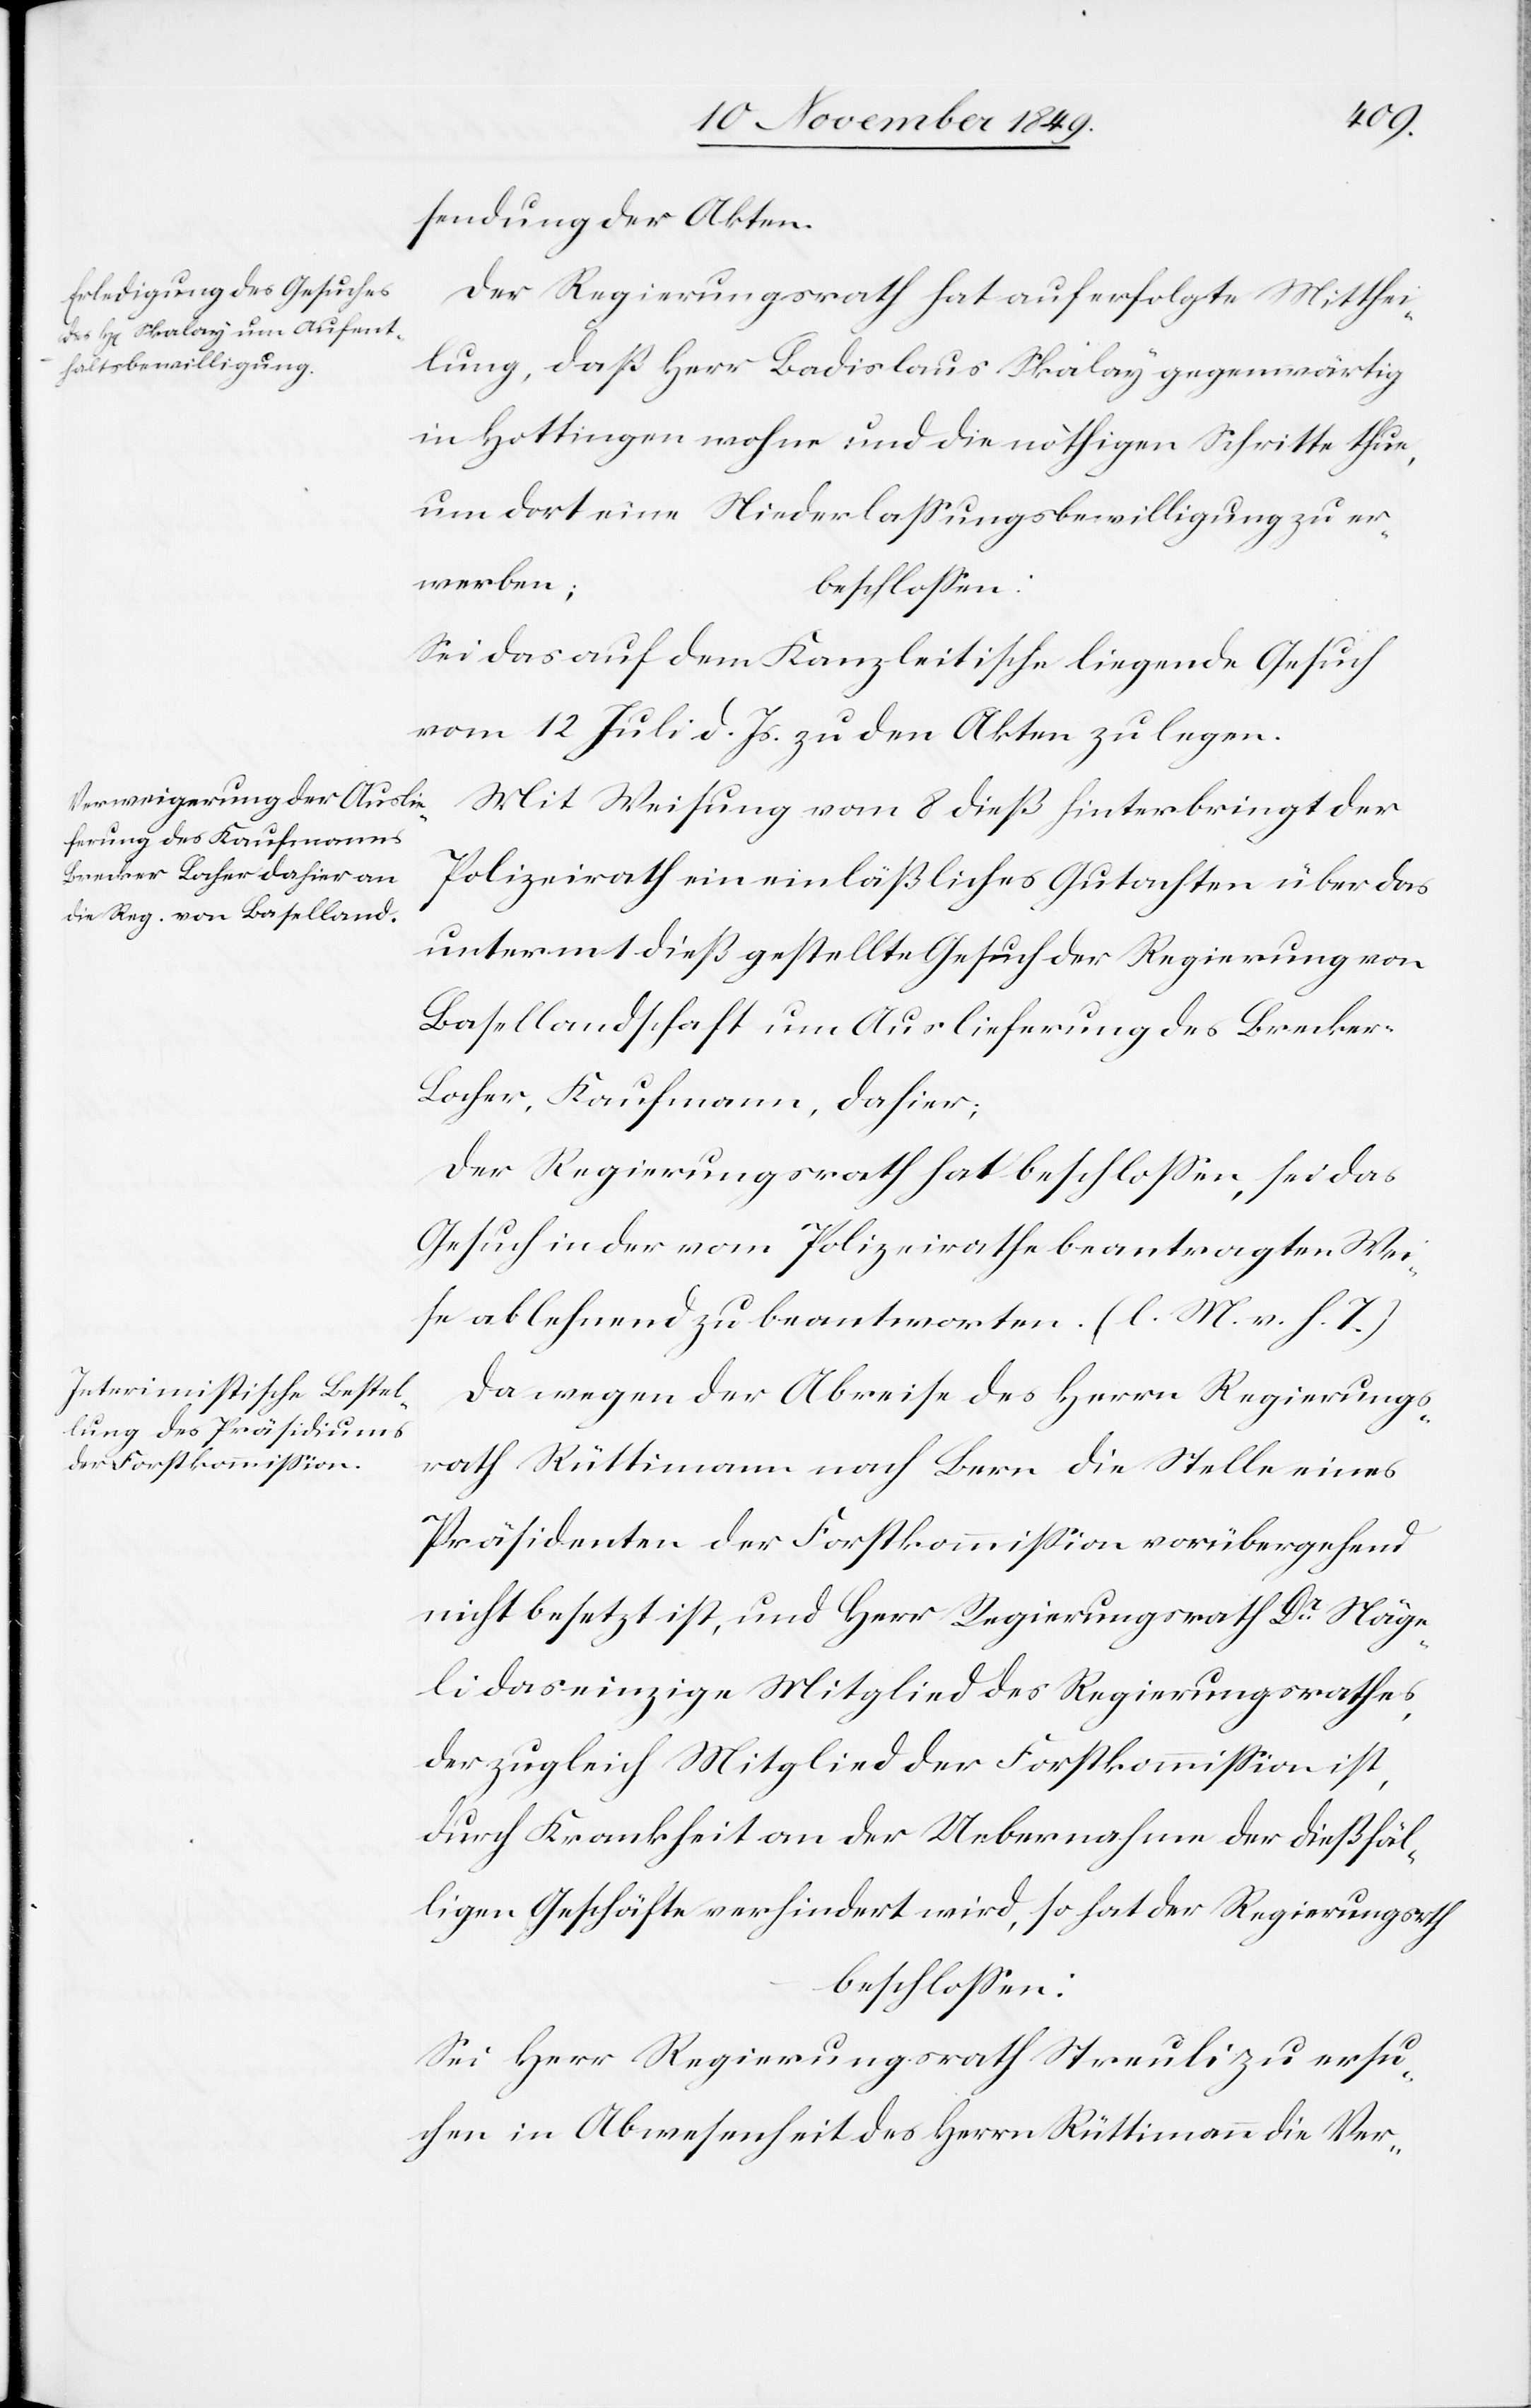
sendung der Akten.
Der Regierungsrath hat auf erfolgte Mitthei¬
lung, daß Herr Ladislau Skalay gegenwärtig
in Hottingen wohne und die nöthigen Schritte thue,
um dort eine Niederlaßungsbewilligung zu er¬
werben;
beschloßen:
Sei das auf dem Kanzleitische liegende Gesuch
vom 12 Juli d. Js. zu den Akten zu legen.
Mit Weisung vom 8 dieß hinterbringt der
Polizeirath ein einläßliches Gutachten über das
unterm 1 dieß gestellte Gesuch der Regierung von
Basellandschaft um Auslieferung des Brecke¬
r-Locher, Kaufmann, dahier;
Der Regierungsrath hat beschloßen, sei das
Gesuch in der vom Polizeirathe beantragten Wei¬
se ablehnend zu beantworten. [l. M. v. h. T]
Da wegen der Abreise des Herrn Regierungs¬
rath Rüttimann nach Bern die Stelle eines
Präsidenten der Forstkommißion vorübergehend
nicht benutzt ist, und Herr Regierungsrath Dr Näge¬
li das einzige Mitglied des Regierungsrathes,
der zugleich Mitglied der Forstkommißion ist,
durch Krankheit an der Uebernahme der dießfäl¬
ligen Geschäfte verhindert wird, so hat der Regierungsrath
beschloßen:
Sei Herr Regierungsrath Streuli zu ersu¬
chen in Abwesenheit des Herrn Rüttimann die Ver-